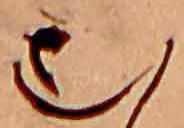
む